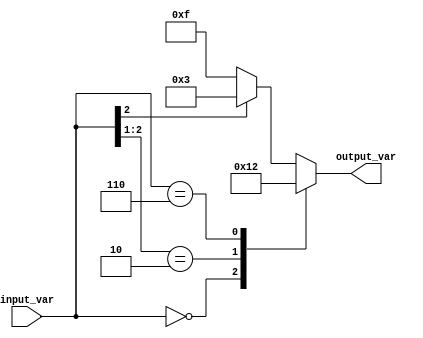
module casez_statement (
    input [2:0] input_var,
    output reg [3:0] output_var
);

always @(*)
begin
    casez (input_var)
        3'b000: output_var = 4'b0000;
        3'b10?: output_var = 4'b0001;
        3'b110: output_var = 4'b0010;
        3'b1??: output_var = 4'b0011;
        default: output_var = 4'b1111;
    endcase
end

endmodule